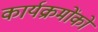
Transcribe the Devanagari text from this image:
कार्यक्रमोंको